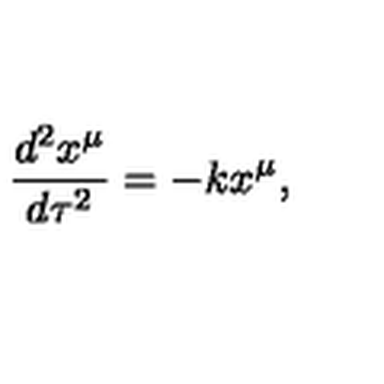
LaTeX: \frac { d ^ { 2 } x ^ { \mu } } { d \tau ^ { 2 } } = - k x ^ { \mu } ,